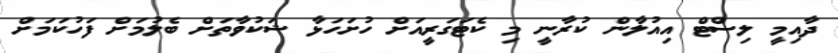
ދާއިމީ ލިސްޓް އިއުލާން ކުރާނީ މި ކެޓަގަރީއަށް ހުށަހަޅާ ޝަކުވާތަށް ބެލުމަށް ފަހުކަމަށް